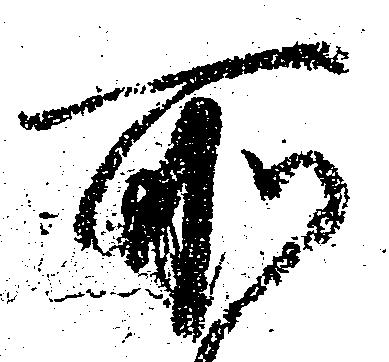
所